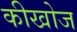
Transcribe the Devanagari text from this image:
कीखोज